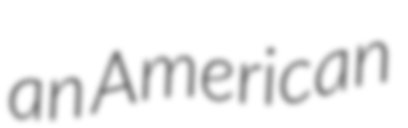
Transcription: an American